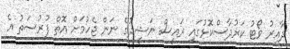
ދާއިރު ވޯޓު ކަރުދާސްކޮޅުގައި ރައީސް ނަޝީދުގެ ނަން ޖެހުމަށް އޮތް ފުރުސަތު އެ